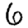
Digit: 6